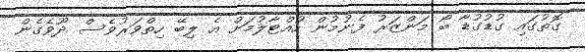
ގޮތުގައި ގުޑުގުޑާ ބޯ މަންޒަރު ފެނުމުން ހުއްޓާލުމަށް އެ ލިބޭ ހިތްވަރުވެސް ދޫވެގެން